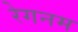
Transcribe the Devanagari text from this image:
रेगनम